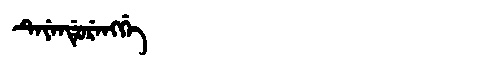
Manchu: ᡨᡝᠶᡝᠨᡩᡠᡵᡝᠩᡤᡝ
Romanization: TEYENDURENGGE